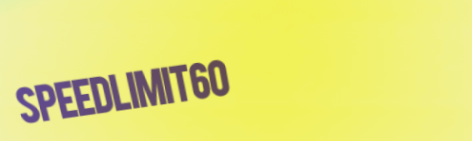
SpeedLimit60